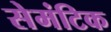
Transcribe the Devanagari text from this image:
सेमंटिक